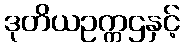
ဒုတိယဥက္ကဌနှင့်